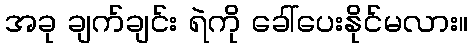
အခု ချက်ချင်း ရဲကို ခေါ်ပေးနိုင်မလား။